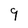
Character: 9